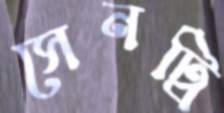
সেনট্রি